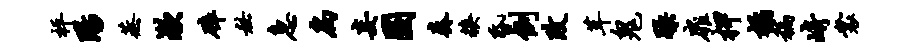
枰阳蒸漱碎秘急扃妄圜奏糗昏例改茸鬼躁扉柙橘稿崎裳